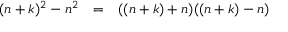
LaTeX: \begin{array} { l c l } { ( n + k ) ^ { 2 } - n ^ { 2 } } & { = } & { ( ( n + k ) + n ) ( ( n + k ) - n ) } \end{array}